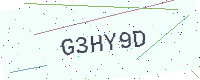
Text: G3HY9D